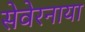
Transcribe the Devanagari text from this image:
सेवेरनाया